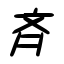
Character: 斉